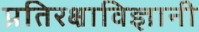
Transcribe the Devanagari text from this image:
प्रतिरक्षाविज्ञानी